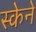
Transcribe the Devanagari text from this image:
स्केने